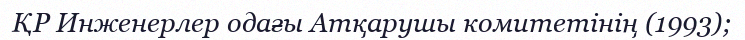
ҚР Инженерлер одағы Атқарушы комитетінің (1993);